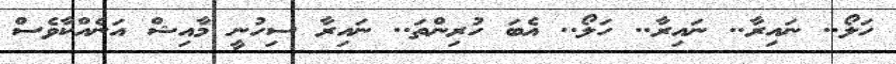
ހަލޯ.. ނައިރާ.. ނައިރާ.. ހަލޯ.. އެބަ ހުރިންތަ.. ނައިރާ ސިހުނީ މާއިޝް އަނެއްކާވެސް